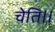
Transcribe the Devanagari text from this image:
चेति।।